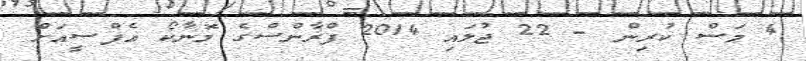
4 މަސް ކުރިން - 22 ޖުލައި 2014 ފްރާންސްގެ މޮނާކޯ އެފްސީއަށް